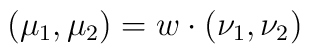
(\mu_1,\mu_2)=w\cdot (\nu_1, \nu_2)